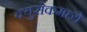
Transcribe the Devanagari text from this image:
क्युसेकमध्ये